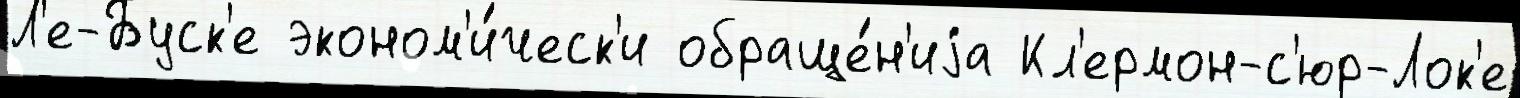
Л'е-Буск'е эконом'и́ческ'и обраще́н'иjа Кл'ермон-с'юр-Лок'е